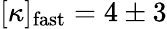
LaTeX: [\kappa]_{\mathrm{fast}}=4\pm 3